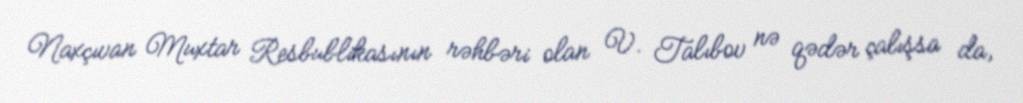
Naxçıvan Muxtar Resbublikasının rəhbəri olan V. Talıbov nə qədər çalışsa da,